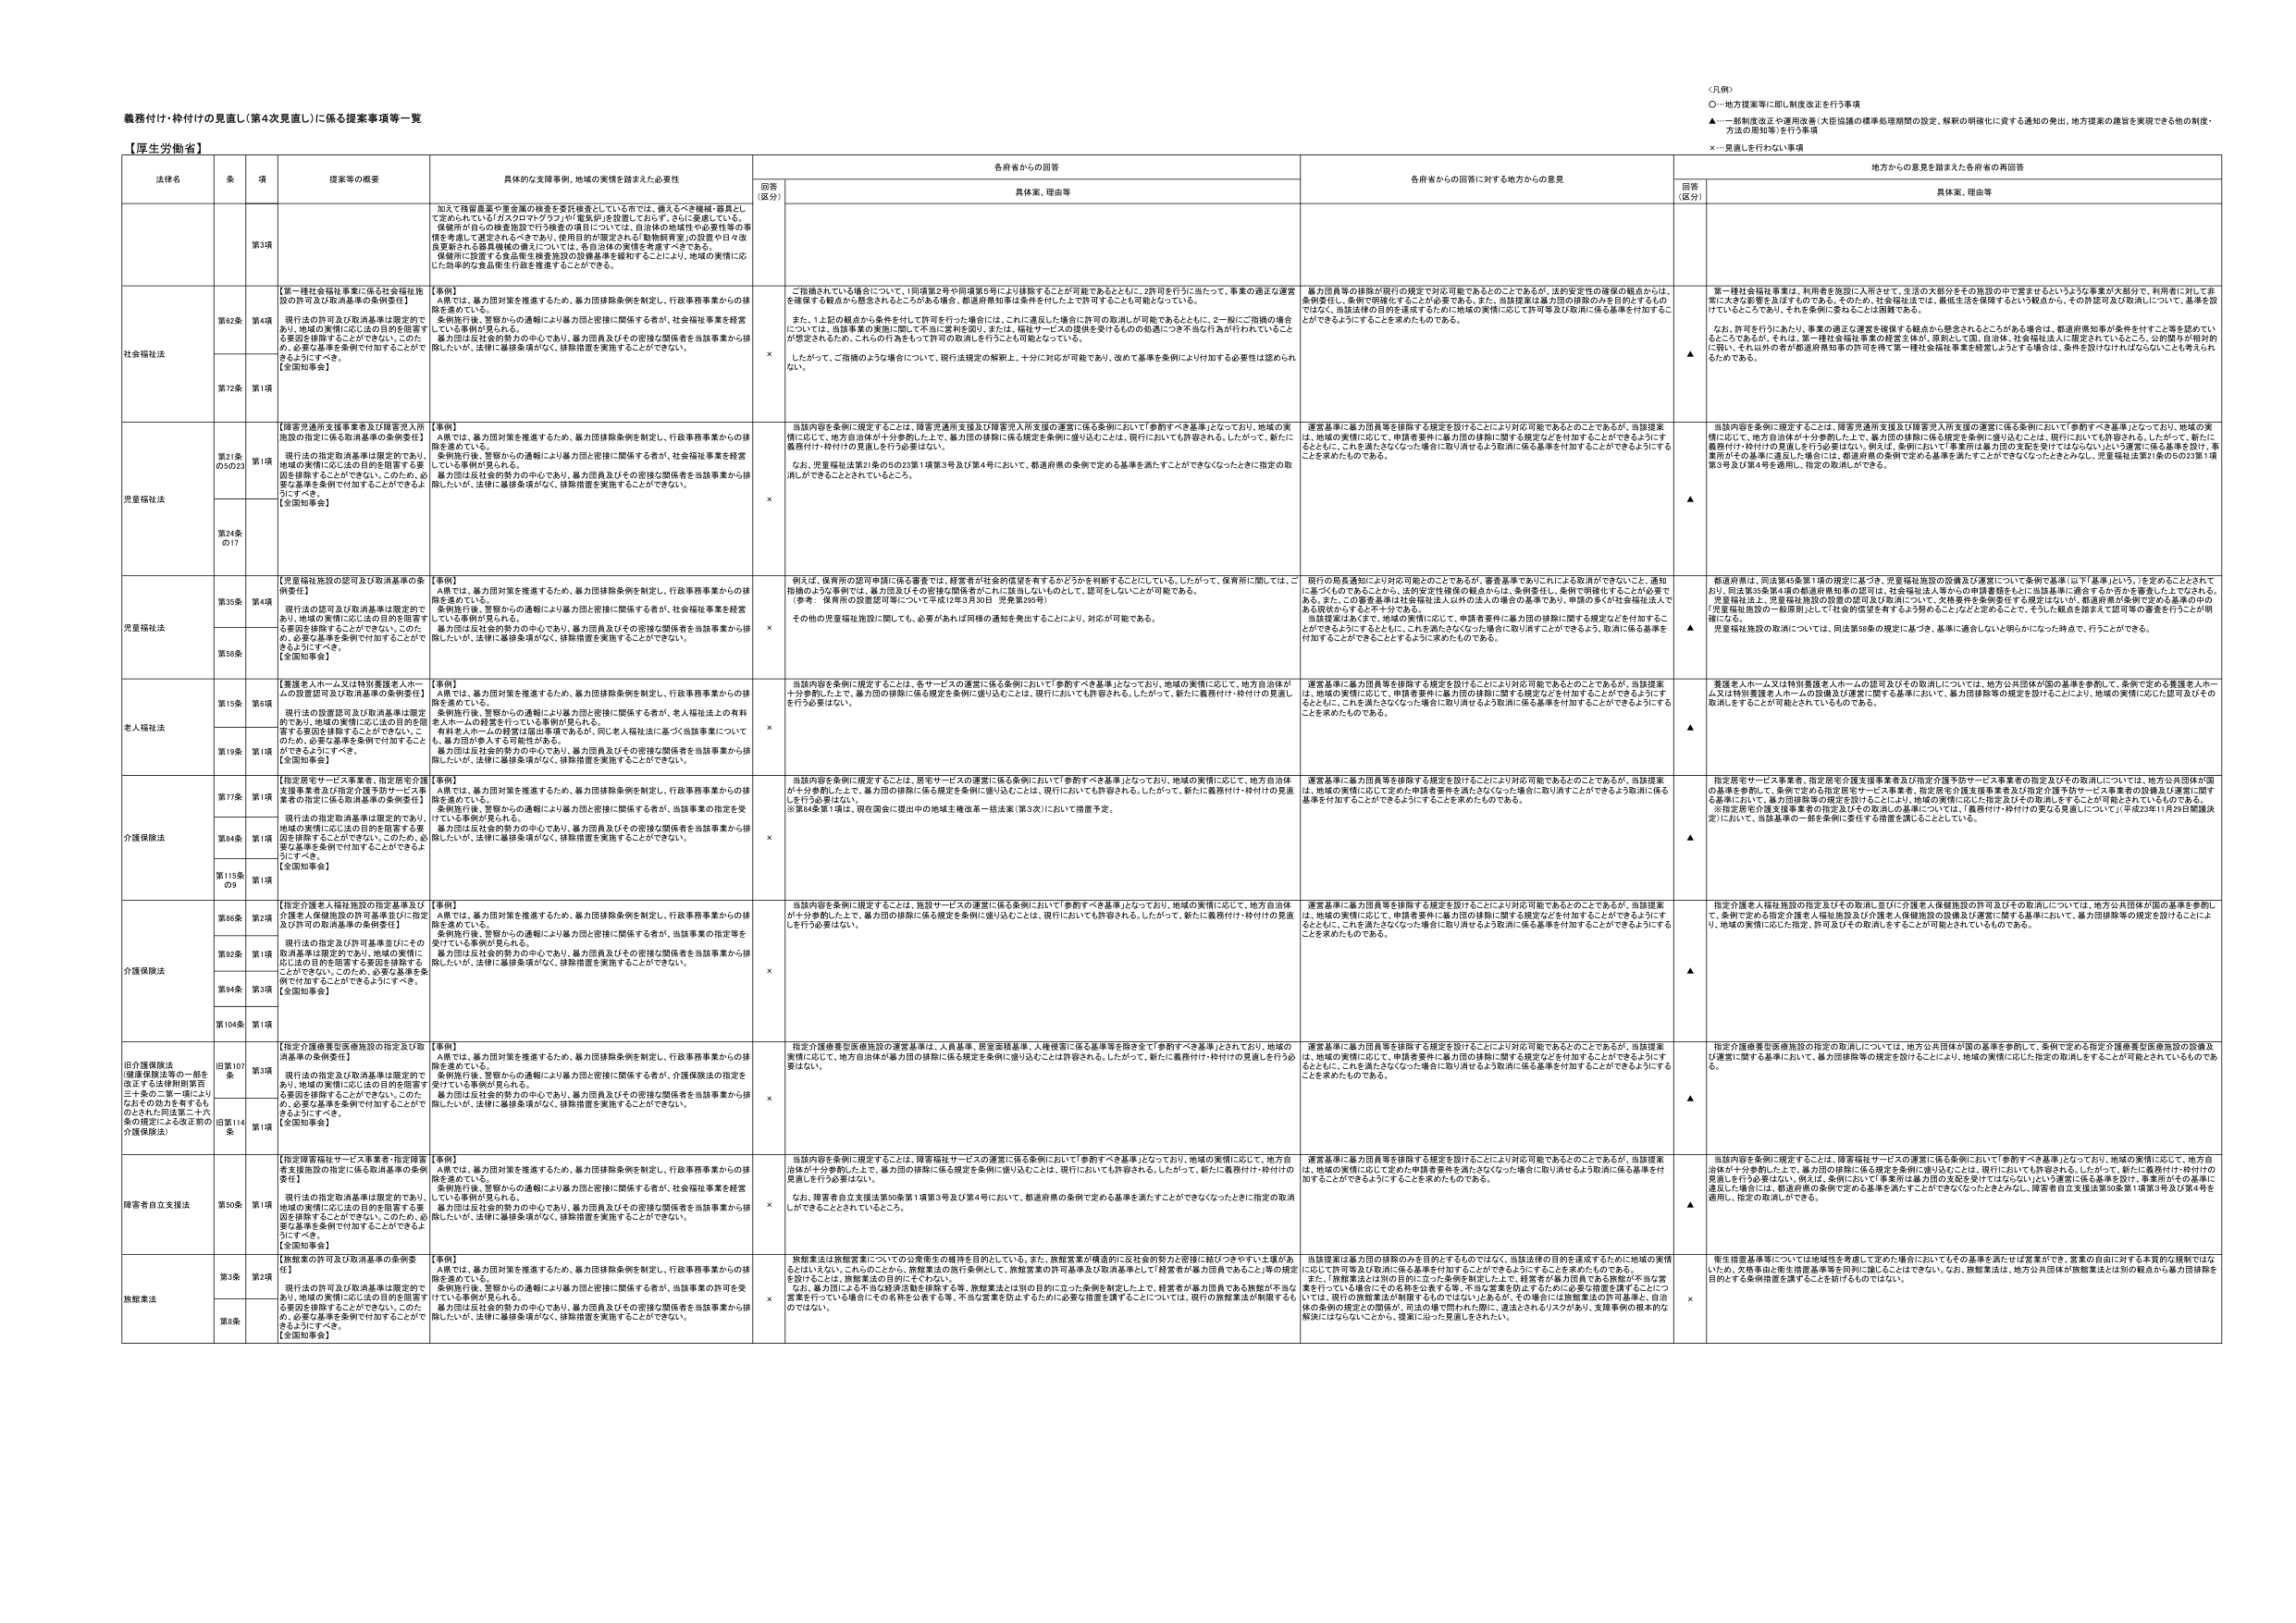
義務付け・枠付けの見直し（第4次見直し）に係る提案事項等一覧

【厚生労働省】

法律名　　条　　項　　提案等の概要　　具体的な支援事例、地域の実情を踏まえた必要性　　各府省からの回答　　各府省からの回答に対する地方からの意見　　地方からの意見を踏まえた各府省の再回答